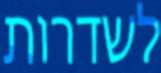
לשדרות